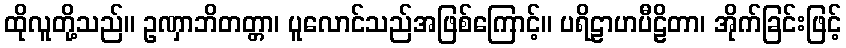
ထိုလူတို့သည်။ ဥဏှာဘိတတ္တာ၊ ပူလောင်သည်အဖြစ်ကြောင့်။ ပရိဠာဟပီဠိတာ၊ အိုက်ခြင်းဖြင့်